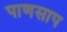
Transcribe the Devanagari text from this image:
पाणसाप